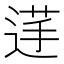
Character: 𮞞